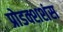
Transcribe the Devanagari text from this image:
प्रोडक्शशंस